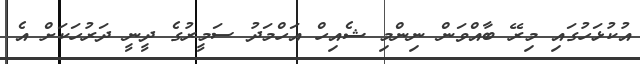
އުކުޅަހުގައި މިރޭ ބާއްވަން ނިންމި ޝެއިހް އަހްމަދު ސަމީރުގެ ދީނީ ދަރުހަކަށް އެ